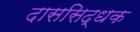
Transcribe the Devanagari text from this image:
दाससिद्धक